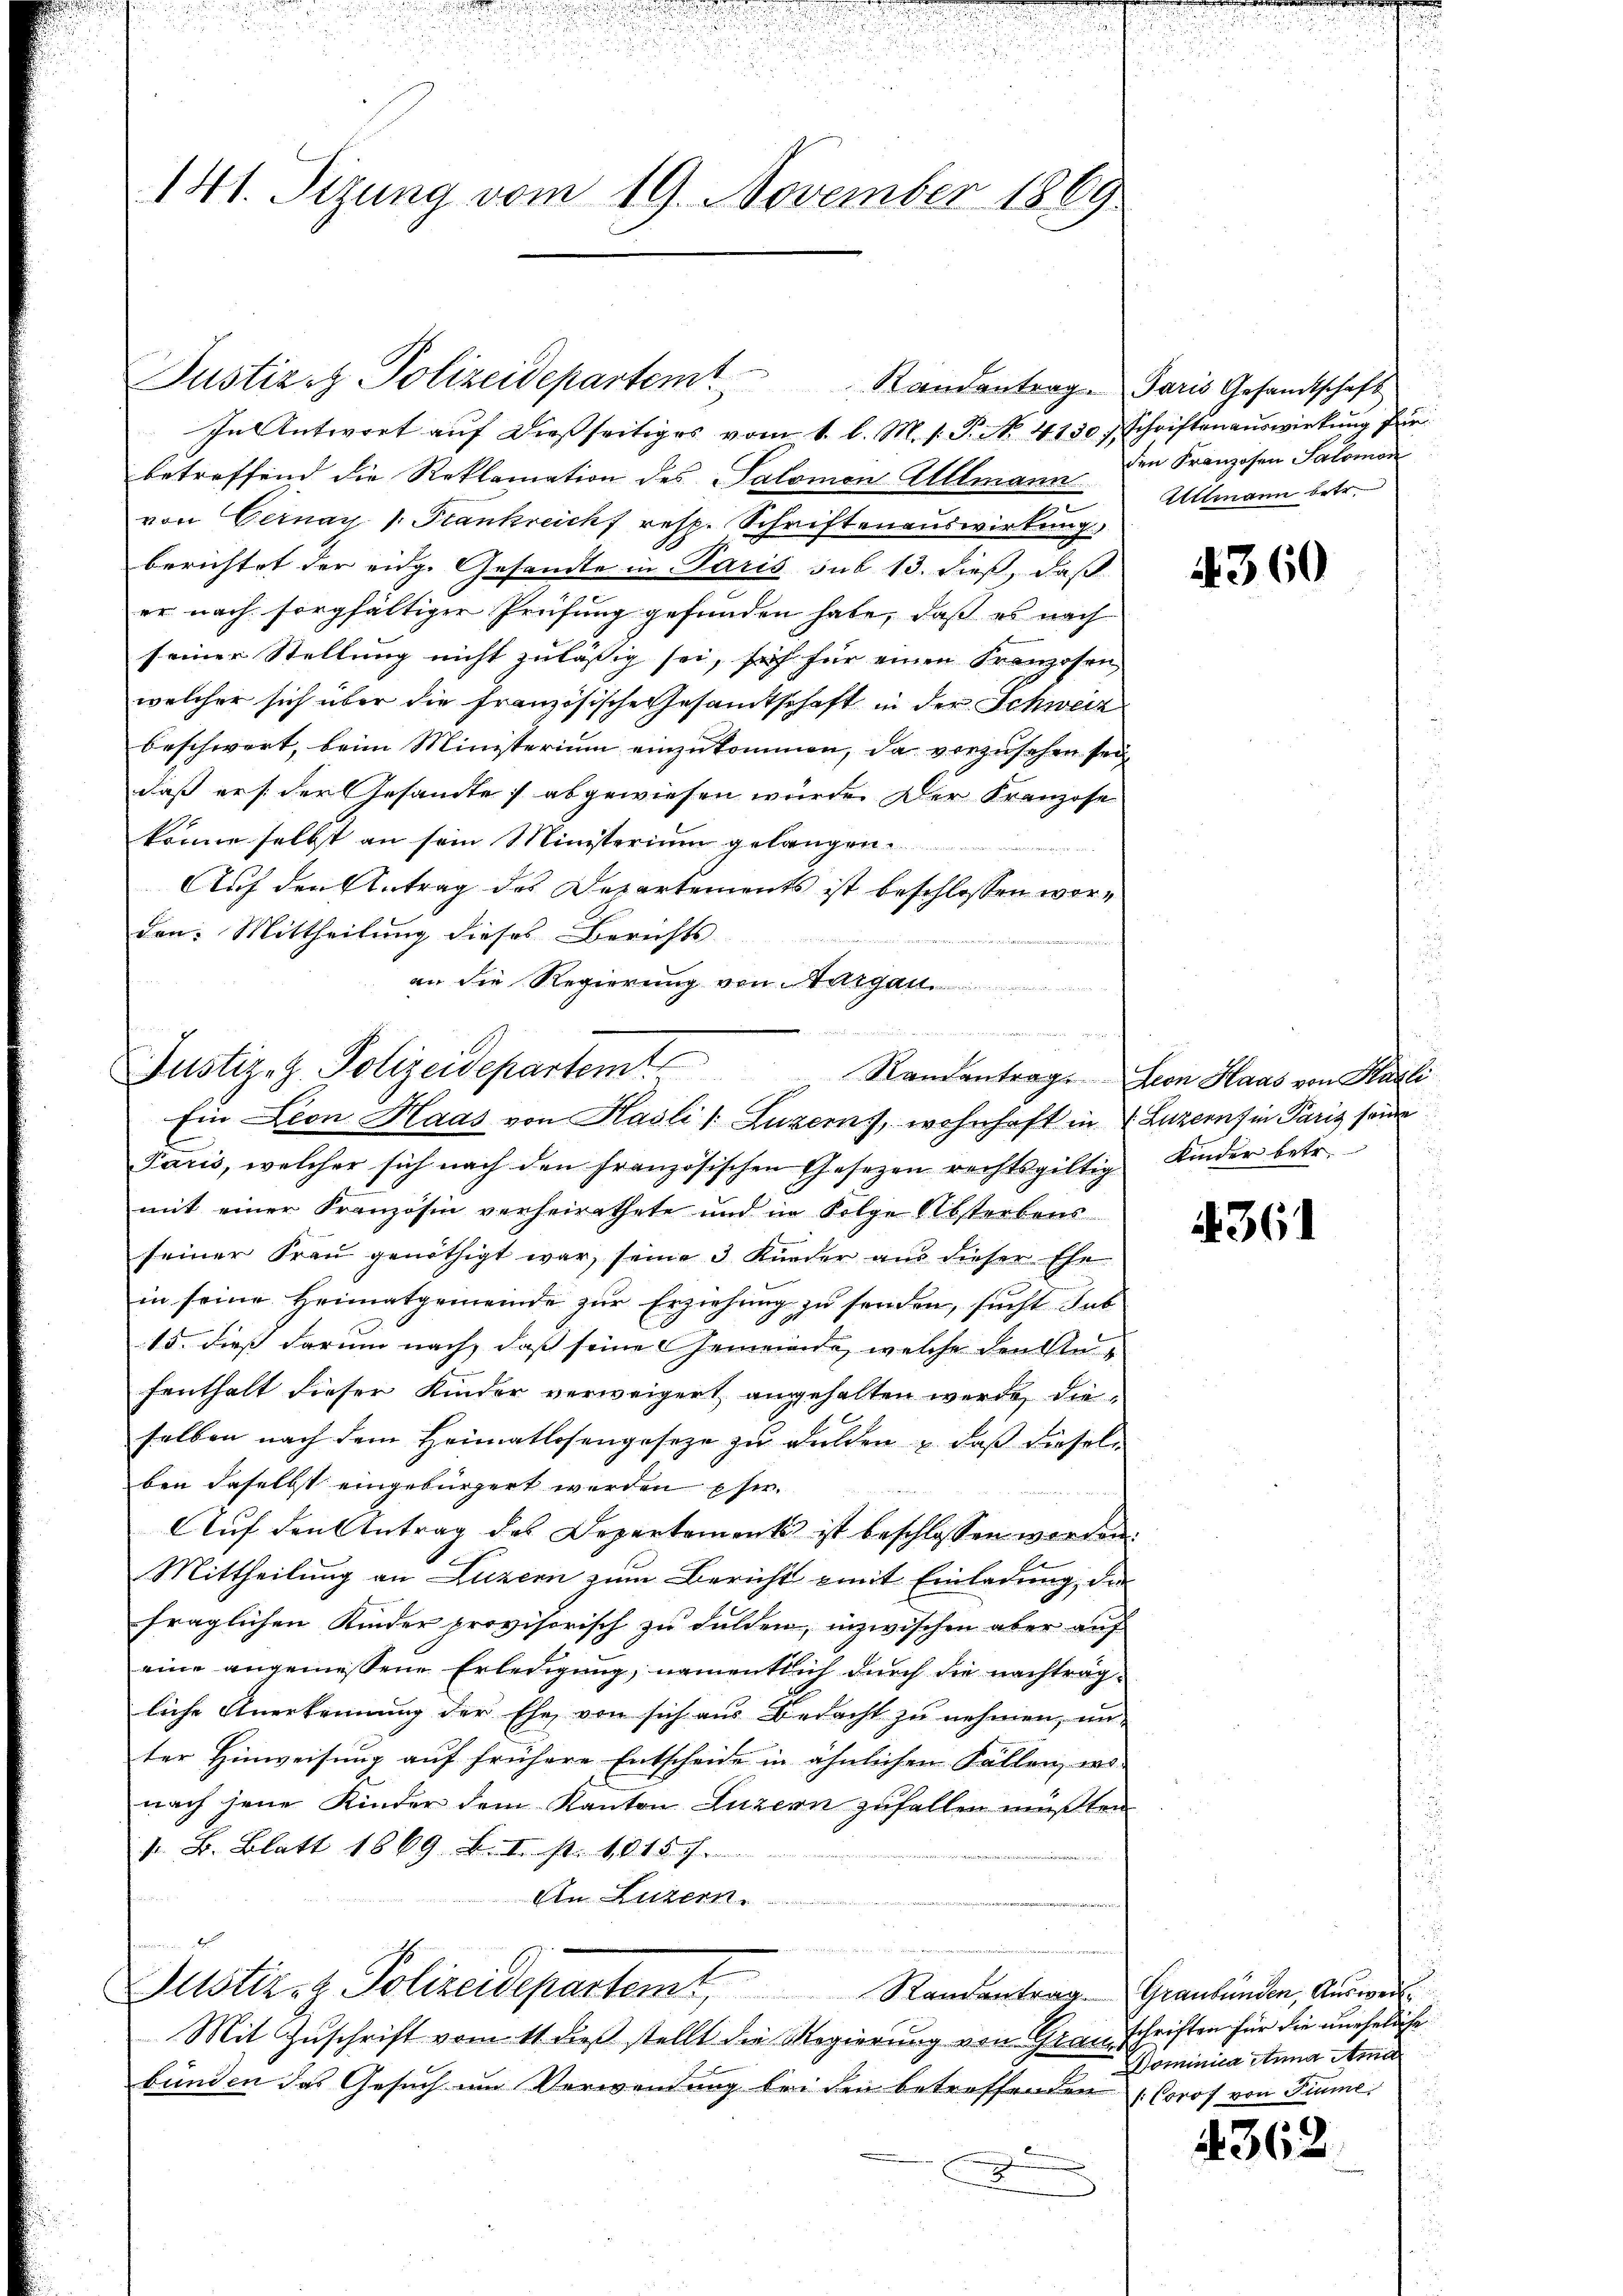
141. Sizung vom 19. November 1869

In Antwort auf dießseitiges vom 1. l. M. h. T. No. 4130 Schriftenauswirkung für
betreffend die Reklamation des Salomon Allmann. Im Franzosen Salomodi
von Gernau (: Frankreich resp. Schriftenauswirkung
berichtet der eidg. Gesandte in Paris sub 13. dieß, daß
er nach sorgfältiger Prüfung gefunden habe, daß es nach
seiner Stellung nicht zulässig sei, sich für einen Franzosen
welcher sich über die französische Gesamtschaft in der Schweiz
beschwert, beim Ministerium einzukommen, da vorzusehen sei,
daß er s. der Gesamte abgewiesen wurde. Der Kranzose
könne selbst an sein Ministerium gelangen.

Auf den Antrag des Departements ist beschlossen worden: Mittheilung dieses Berichts-
an die Regierung von Aargau
Paris, welcher sich nach den französischen Gesetzen rechtsgültig
mit einer Französin verheirathete und in Folge Absterbens
seiner Frau genöthigt war, seine 3 Kinder aus dieser Ehe
in seine Heimatgemeinde zur Erziehung zu senden, sucht dab
15. dieß darum nach, daß seine Gemeinde, welche den Re
fenthalt dieser Kinder verweigert angehalten werde, die
selben nach dem Heimatlosengesetze zu dulden & daß diesel
ben daselbst eingebürgert werden phi

Auf den Antrag des Departements ist beschlossen werden.
Mittheilung an Luzern zum Bericht mit Einladung, das
fraglichen Kinder provisorisch zu Fulden, inzwischen aber auf
eine angemessene Erledigung, namentlich durch die nachträgliche Anerkennung der Ehe von sich aus Bedacht zu nehmen, un-
ter Hinweisung auf frühere Entscheide in ähnlichen Fällen, wo-
nach jene Kinder dem Kanton Luzern zufallen müßten
d. B. Blatt 1869. Bett, 15
An Luzern.
m
Justiz- & Polizeidepartemt Randentrag Graubünden, Ausweil
Mit Zuschrift vom 11 dieß stellt die Regierung von Grauschriften für die uneheliche
bunden das Gesuch im Verwendung bei den betreffenden (Coros von Fiume
D

Justiz & Polizeidepartem Randantrag. Paris Gesandtschaft

.
Justiz-Z. Polizeidepartemt
Ein Leon Haas von Hasli /: Luzerny, wohnhaft in Luzern in Paris seine

Altmann betr.

4360

Randantrag. Leon Haas von Hasli
Kinder betr.

361

Dominica Anna Ama

362